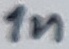
Text: 1n